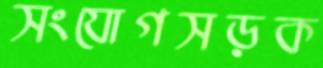
সংযোগসড়ক